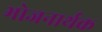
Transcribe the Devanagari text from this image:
भोजनार्थक